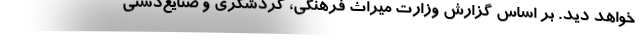
خواهد دید. بر اساس گزارش وزارت میراث فرهنگی، گردشگری و صنایع‌دستی